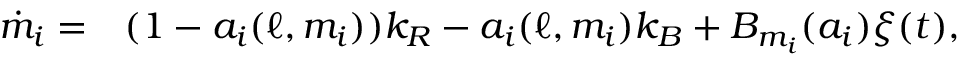
\begin{array} { r l } { \dot { m } _ { i } = } & { { } ( 1 - a _ { i } ( \ell , m _ { i } ) ) k _ { R } - a _ { i } ( \ell , m _ { i } ) k _ { B } + B _ { m _ { i } } ( a _ { i } ) \xi ( t ) , } \end{array}